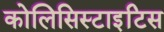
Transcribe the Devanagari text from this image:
कोलिसिस्टाइटिस